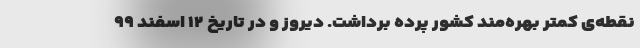
نقطه‌ی کمتر بهره‌مند کشور پرده برداشت. دیروز و در تاریخ ۱۲ اسفند ۹۹